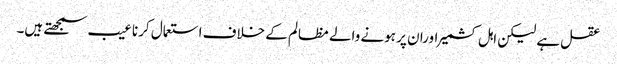
عقل ہے لیکن اہل کشمیر اوران پر ہونے والے مظالم کے خلاف استعمال کرنا عیب سمجھتے ہیں۔